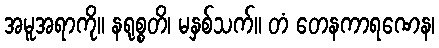
အမူအရာကို။ နရုစ္စတိ၊ မနှစ်သက်။ တံ တေနကာရဏေန၊